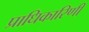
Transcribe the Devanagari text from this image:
प्राधिकारिणी